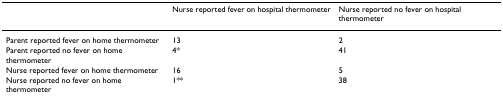
|  | Nurse reported fever on hospital thermometer | Nurse reported no fever on hospital thermometer |
 | --- | --- | --- |
 | Parent reported fever on home thermometer | 13 | 2 |
 | Parent reported no fever on home thermometer | 4* | 41 |
 | Nurse reported fever on home thermometer | 16 | 5 |
 | Nurse reported no fever on home thermometer | 1** | 38 |